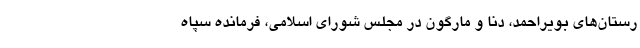
رستان‌های بویراحمد، دنا و مارگون در مجلس شورای اسلامی، فرمانده سپاه